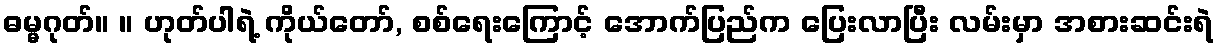
ဓမ္မဂုတ်။ ။ ဟုတ်ပါရဲ့ ကိုယ်တော်, စစ်ရေးကြောင့် အောက်ပြည်က ပြေးလာပြီး လမ်းမှာ အစားဆင်းရဲ